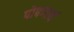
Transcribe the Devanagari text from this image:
पोषणार्थ